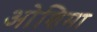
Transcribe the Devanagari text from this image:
ओशिमा